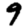
Digit: 9